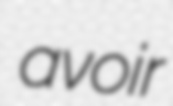
avoir